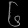
Digit: ၆